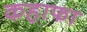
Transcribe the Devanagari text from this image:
कहाफा